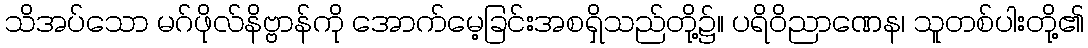
သိအပ်သော မဂ်ဖိုလ်နိဗ္ဗာန်ကို အောက်မေ့ခြင်းအစရှိသည်တို့၌။ ပရိဝိညာဏေန၊ သူတစ်ပါးတို့၏